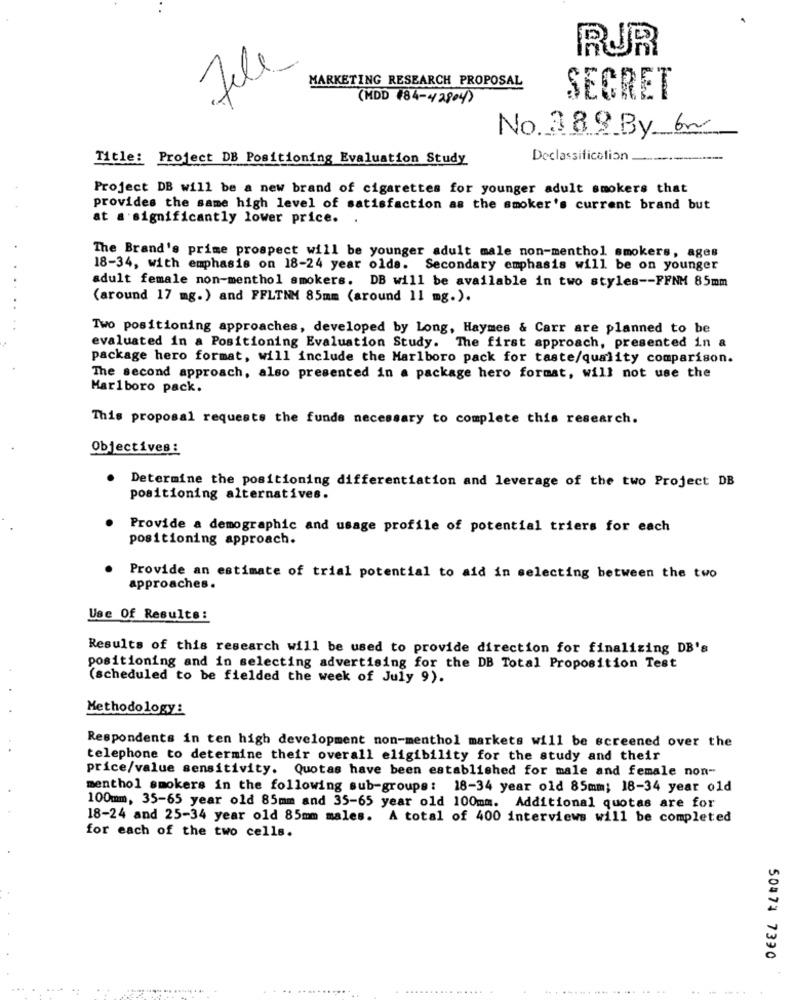
RUR
MARKETING RESEARCH PROPOSAL
(MDD 184-42804)
SECRET
No. 389 By 6~
Title: Project DB Positioning Evaluation Study
Declassification.
Project DB will be a new brand of cigarettes for younger adult smokers that
provides the same high level of satisfaction as the smoker's current brand but
at a significantly lower price. .
The Brand's prime prospect will be younger adult male non-menthol smokers, ages
18-34, with emphasis on 18-24 year olds. Secondary emphasis will be on younger
adult female non-menthol smokers. DB will be available in two styles -- FFNM 85mm
(around 17 mg.) and FFLTNM 85mm (around 11 mg.).
Two positioning approaches, developed by Long, Haymes & Carr are planned to be
evaluated in a Positioning Evaluation Study. The first approach, presented in a
package hero format, will include the Marlboro pack for taste/quality comparison.
The second approach, also presented in a package hero format, will not use the
Marlboro pack.
This proposal requests the funds necessary to complete this research.
Objectives:
Determine the positioning differentiation and leverage of the two Project DB
positioning alternatives.
Provide a demographic and usage profile of potential triers for each
positioning approach.
Provide an estimate of trial potential to aid in selecting between the two
approaches.
Use Of Results:
Results of this research will be used to provide direction for finalizing DB's
positioning and in selecting advertising for the DB Total Proposition Test
(scheduled to be fielded the week of July 9).
Methodology:
Respondents in ten high development non-menthol markets will be screened over the
telephone to determine their overall eligibility for the study and their
price/value sensitivity. Quotas have been established for male and female non-
menthol smokers in the following sub-groups: 18-34 year old 85mm; 18-34 year old
100mm, 35-65 year old 85mm and 35-65 year old 100mm. Additional quotas are for
18-24 and 25-34 year old 85mm males. A total of 400 interviews will be completed
for each of the two cells.
50474 7390
........